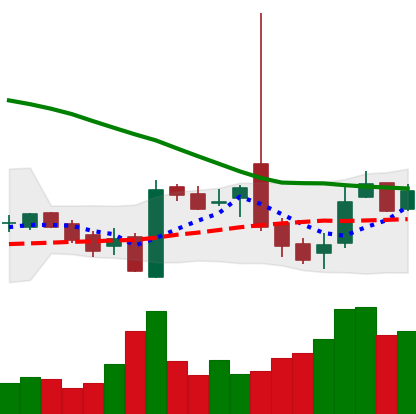
Ticker: LTC-USD
Chart end date: 2016-10-25
Forward return: 3.319%
Label: up_3_5